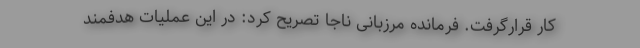
کار قرارگرفت. فرمانده مرزبانی ناجا تصریح کرد: در این عملیات هدفمند